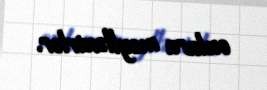
onlara meyllənirlər.